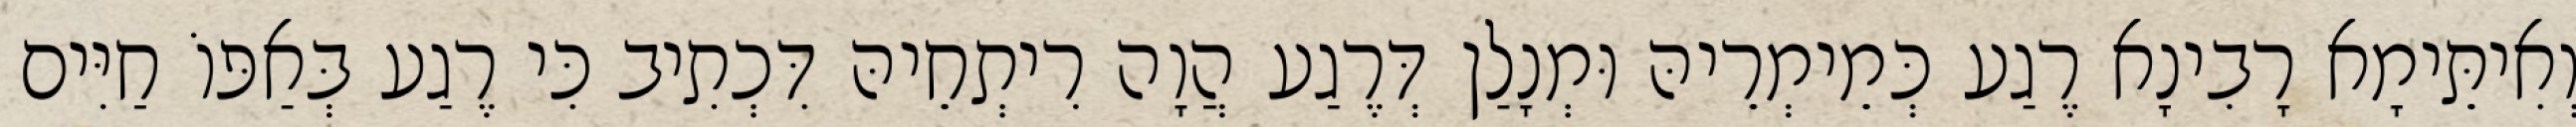
וְאִיתֵּימָא רָבִינָא רֶגַע כְּמֵימְרֵיהּ וּמְנָלַן דְּרֶגַע הֲוָה רִיתְחֵיהּ דִּכְתִיב כִּי רֶגַע בְּאַפּוֹ חַיִּים